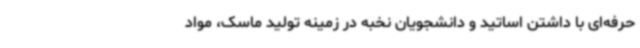
حرفه‌ای با داشتن اساتید و دانشجویان نخبه در زمینه تولید ماسک، مواد